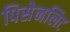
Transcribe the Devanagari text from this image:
पिसेनलिट